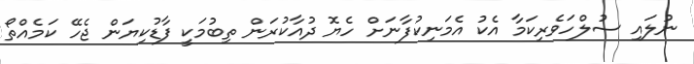
ނުލައި ސުލްހަވެރިކަމާ އެކު އެމަނިކުފާނަށް ހެޔޮ ދުއާކުރަން ތިބުމަކީ ފާޑުކިޔަން ޖެހޭ ކަމެއްތޯ